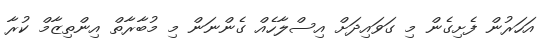
އަހަރުން ފެށިގެން މި ގަވައިދަށް އިސްލާހެއް ގެންނަން މި މުބާރާތް އިންތިޒާމް ކުރާ